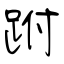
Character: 跗